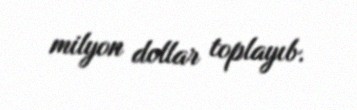
milyon dollar toplayıb.